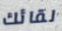
لقائك